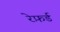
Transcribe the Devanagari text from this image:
रेफ़र्ड